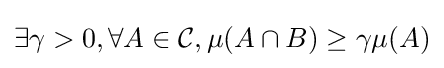
\exists \gamma >0,\forall A\in {\mathcal {C}},\mu (A\cap B)\geq \gamma \mu (A)